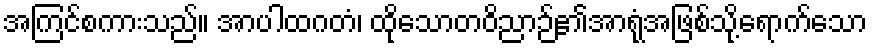
အကြင်စကားသည်။ အာပါထဂတံ၊ ထိုသောတဝိညာဉ်၏အာရုံအဖြစ်သို့ရောက်သော